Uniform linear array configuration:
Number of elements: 8
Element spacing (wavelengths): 1
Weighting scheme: cosine
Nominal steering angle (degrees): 15
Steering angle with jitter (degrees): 14.25
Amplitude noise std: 0.05
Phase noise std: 0.05

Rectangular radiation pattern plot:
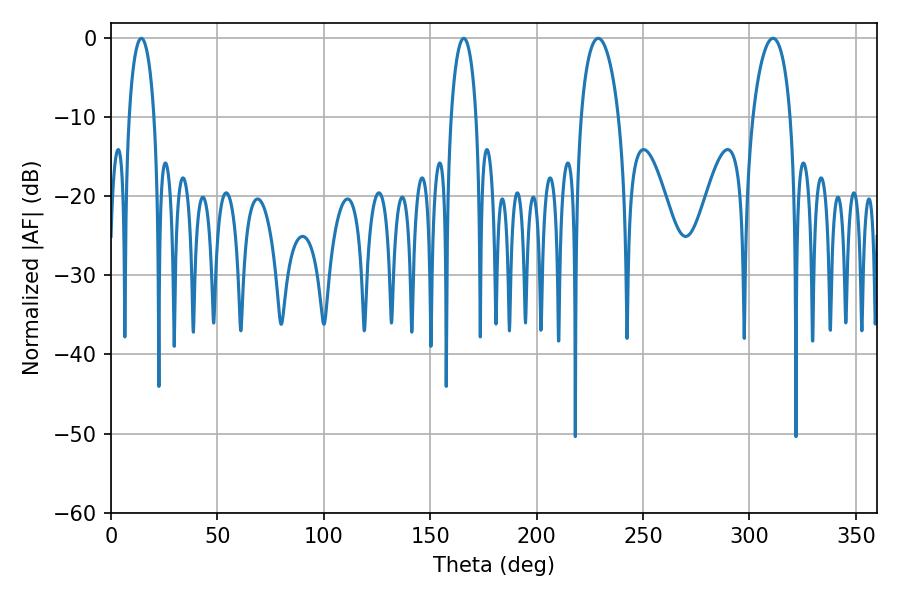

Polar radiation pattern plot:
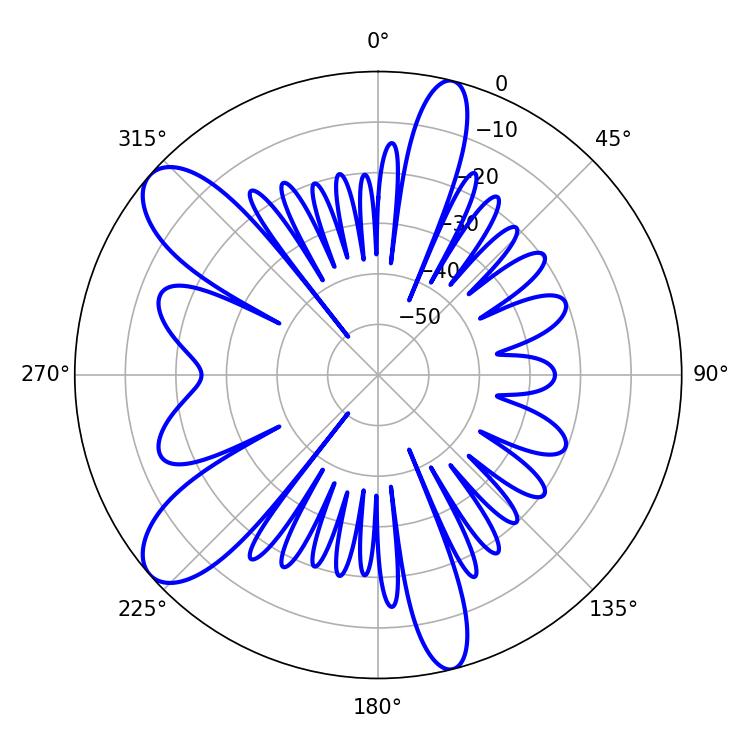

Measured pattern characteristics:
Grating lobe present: TRUE
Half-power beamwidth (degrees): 10.08
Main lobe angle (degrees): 228.96